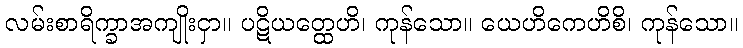
လမ်းစာရိက္ခာအကျိုးငှာ။ ပဋိယတ္ထေဟိ၊ ကုန်သော။ ယေဟိကေဟိစိ၊ ကုန်သော။